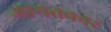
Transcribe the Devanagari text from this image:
आयतकार